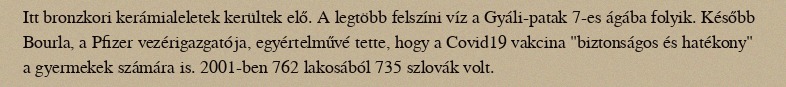
Itt bronzkori kerámialeletek kerültek elő. A legtöbb felszíni víz a Gyáli-patak 7-es ágába folyik. Később Bourla, a Pfizer vezérigazgatója, egyértelművé tette, hogy a Covid19 vakcina "biztonságos és hatékony" a gyermekek számára is. 2001-ben 762 lakosából 735 szlovák volt.